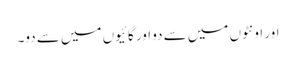
اور اونٹوں میں سے دو اور گائیوں میں سے دو۔